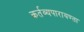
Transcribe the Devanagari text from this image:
कर्तव्यपारायण्ता